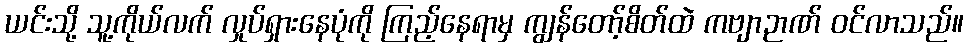
ယင်းသို့ သူ့ကိုယ်လက် လှုပ်ရှားနေပုံကို ကြည့်နေရာမှ ကျွန်တော့်စိတ်ထဲ ကဗျာဉာဏ် ဝင်လာသည်။